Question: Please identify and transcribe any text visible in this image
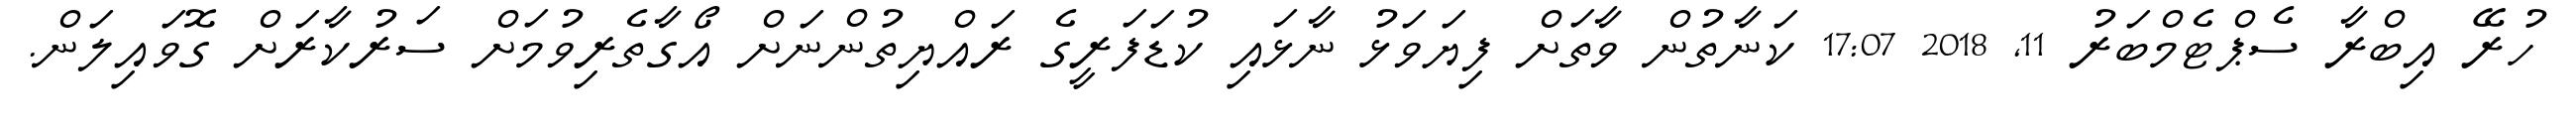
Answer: ހުރޭ އިބްރާ ސެޕްޓެމްބަރު 11, 2018 17:07 ކަނާތުން ވާތަށް ފިޔަވަޅު ނާޅައި ކުޑަފަރީގެ ރައްޔިތުންނަށް އޯގާތެރިވުމަށް ސަރުކާރަށް ގޮވައިލަން.